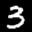
Label: 3